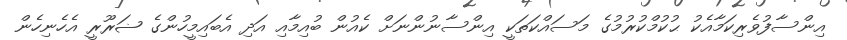
އިންސާފުވެރިކަމާއެކު ޙުކުމްކުރުމުގެ މަސައްކަތަކީ އިންސާނުންނަށް ކެއުން ބުއިމާއި އަދި އެބައިމީހުންގެ ޟަރޫރީ އެހެނިހެން